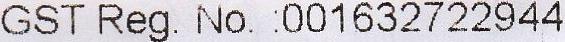
GST REG. NO. :001632722944